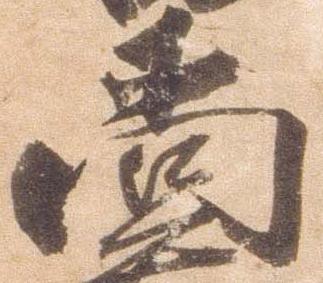
尚